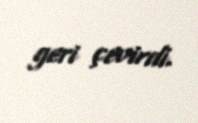
geri çevirdi.